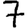
Digit: 7